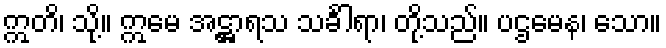
ဣတိ၊ သို့။ ဣမေ အဋ္ဌာရသ သင်္ခါရာ၊ တို့သည်။ ပဌမေန၊ သော။